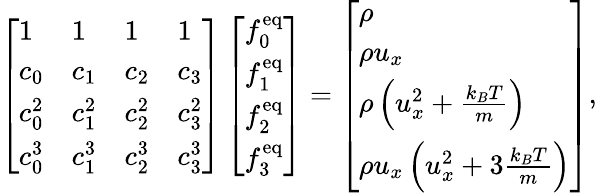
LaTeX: \left[\begin{array}{llll}{1}&{1}&{1}&{1}\\ {c_{0}}&{c_{1}}&{c_{2}}&{c_{3}}\\ {c_{0}^{2}}&{c_{1}^{2}}&{c_{2}^{2}}&{c_{3}^{2}}\\ {c_{0}^{3}}&{c_{1}^{3}}&{c_{2}^{3}}&{c_{3}^{3}}\end{array}\right]\left[\begin{array}{l}{f_{0}^{\mathrm{eq}}}\\ {f_{1}^{\mathrm{eq}}}\\ {f_{2}^{\mathrm{eq}}}\\ {f_{3}^{\mathrm{eq}}}\end{array}\right]=\left[\begin{array}{l}{\rho}\\ {\rho u_{x}}\\ {\rho\left(u_{x}^{2}+\frac{k_{B}T}{m}\right)}\\ {\rho u_{x}\left(u_{x}^{2}+3\frac{k_{B}T}{m}\right)}\end{array}\right],